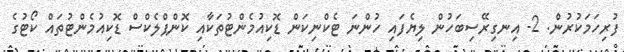
ފުރިހަމަކުރުން. 2- އިނގިރޭސިބަހުން ލިޔެފައި ހުންނަ ޓެކްނިކަން ޑޮކިއުމެންޓުތަކާއި ކޮންޕްލެކްސް ޑޮކިއުމެންޓުތައް ކޯޓުގެ